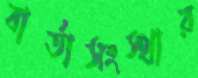
বার্তাসংস্থার